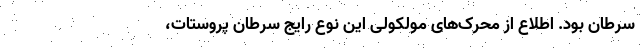
سرطان بود. اطلاع از محرک‌های مولکولی این نوعِ رایج سرطان پروستات،